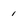
Character: 1